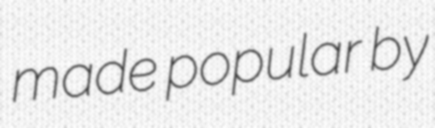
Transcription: made popular by